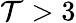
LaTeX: \mathcal{T}>3